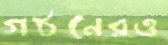
গঠনেরও